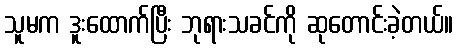
သူမက ဒူးထောက်ပြီး ဘုရားသခင်ကို ဆုတောင်းခဲ့တယ်။